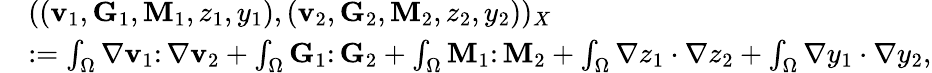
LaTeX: \begin{array}{rl}&{((\mathbf{v}_{1},\mathbf{G}_{1},\mathbf{M}_{1},z_{1},y_{1}),(\mathbf{v}_{2},\mathbf{G}_{2},\mathbf{M}_{2},z_{2},y_{2}))_{X}}\\ &{:=\int_{\Omega}\nabla\mathbf{v}_{1}\colon\nabla\mathbf{v}_{2}+\int_{\Omega}\mathbf{G}_{1}\colon\mathbf{G}_{2}+\int_{\Omega}\mathbf{M}_{1}\colon\mathbf{M}_{2}+\int_{\Omega}\nabla z_{1}\cdot\nabla z_{2}+\int_{\Omega}\nabla y_{1}\cdot\nabla y_{2},}\end{array}